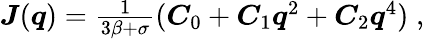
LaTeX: \begin{array}{r}{\boldsymbol J(\boldsymbol q)=\frac{1}{3\beta+\sigma}(\boldsymbol C_{0}+\boldsymbol C_{1}\boldsymbol{q}^{2}+\boldsymbol C_{2}\boldsymbol{q}^{4})\; ,}\end{array}